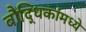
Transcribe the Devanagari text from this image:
बौद्धिकांमध्ये